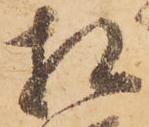
相